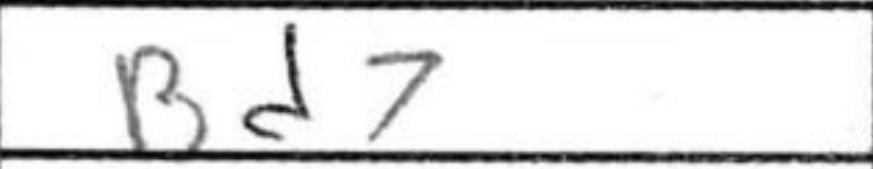
Transcription: Bd7